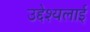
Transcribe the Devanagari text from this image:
उद्देश्यलाई